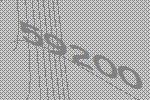
59200